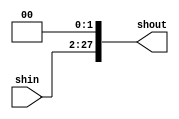
module shift2jump(shout,shin);
input [25:0]shin;
output [27:0]shout;

assign shout = {shin, 2'b00}; // Concatenate 2'b00 to the right of shin

endmodule